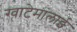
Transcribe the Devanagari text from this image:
ग्वाटेमालाई